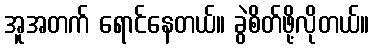
အူအတက် ရောင်နေတယ်။ ခွဲစိတ်ဖို့လိုတယ်။